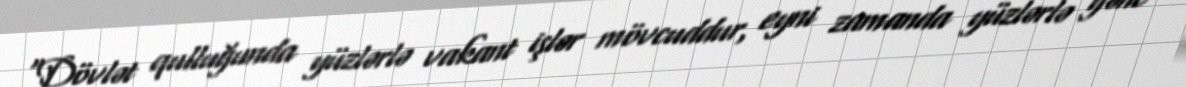
“Dövlət qulluğunda yüzlərlə vakant işlər mövcuddur, eyni zamanda yüzlərlə gənc